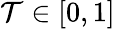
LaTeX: \mathcal{T}\in[0,1]